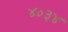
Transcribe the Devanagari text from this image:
४०३४